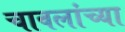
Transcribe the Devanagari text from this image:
चावलांच्या